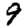
Digit: 9